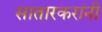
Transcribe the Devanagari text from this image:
सातारकरांनी